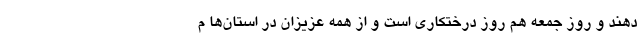
دهند و روز جمعه هم روز درختکاری است و از همه عزیزان در استان‌ها م